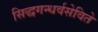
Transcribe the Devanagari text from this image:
सिद्धगन्धर्वसेविते